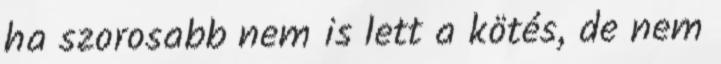
ha szorosabb nem is lett a kötés, de nem